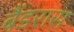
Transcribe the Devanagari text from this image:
बैंडरास